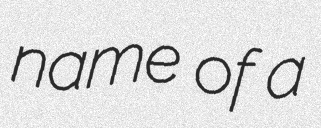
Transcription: name of a